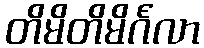
တိမိတိမိင်္ဂလာ